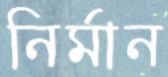
নির্মান